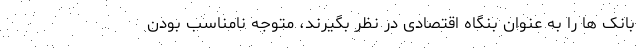
بانک ها را به عنوان بنگاه اقتصادی در نظر بگیرند، متوجه نامناسب بودن